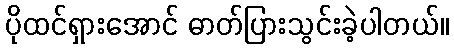
ပိုထင်ရှားအောင် ဓာတ်ပြားသွင်းခဲ့ပါတယ်။